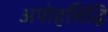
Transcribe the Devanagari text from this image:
अपोहसिद्धि